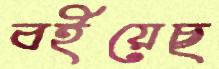
বইয়েছ